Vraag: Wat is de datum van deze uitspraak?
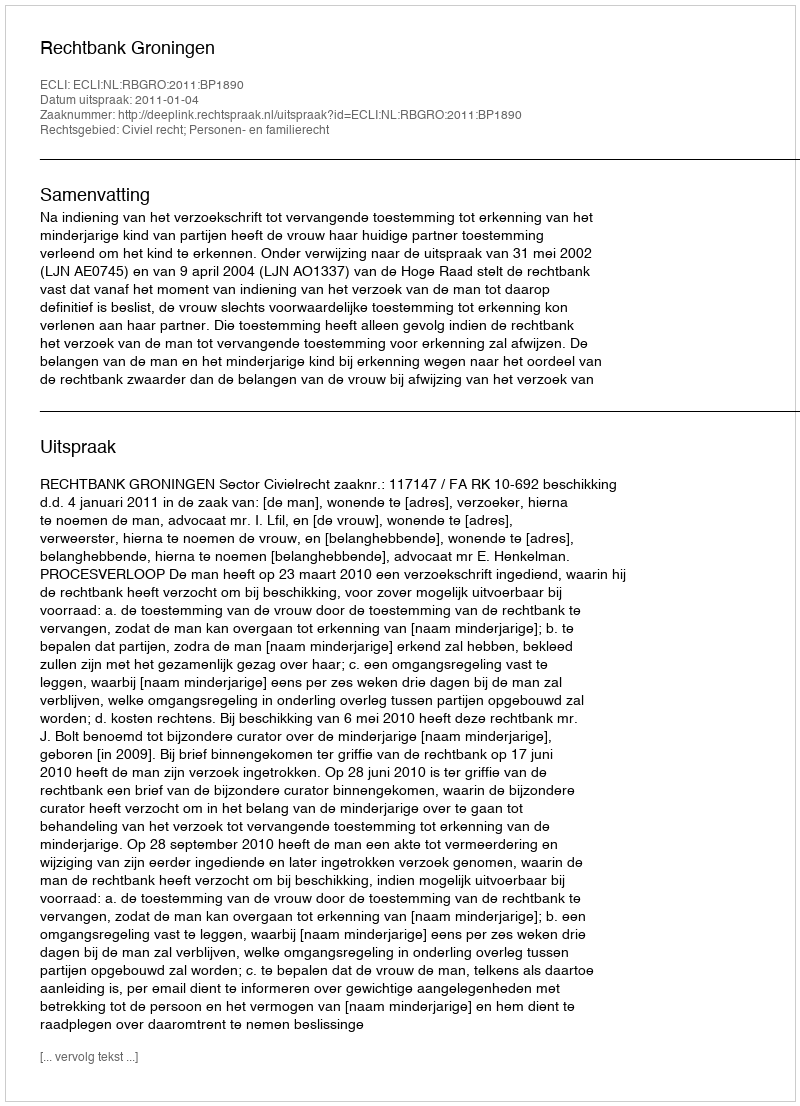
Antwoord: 2011-01-04